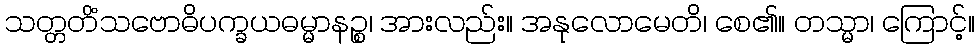
သတ္တတိံသဗောဓိပက္ခယဓမ္မာနဉ္စ၊ အားလည်း။ အနုလောမေတိ၊ စေ၏။ တသ္မာ၊ ကြောင့်။